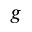
_ g